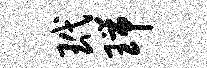
玳瑞